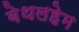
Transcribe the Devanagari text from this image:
बेथलहेम